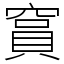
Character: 䆬